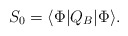
\begin{align*}S_0=\langle\Phi |Q_B|\Phi\rangle . \end{align*}